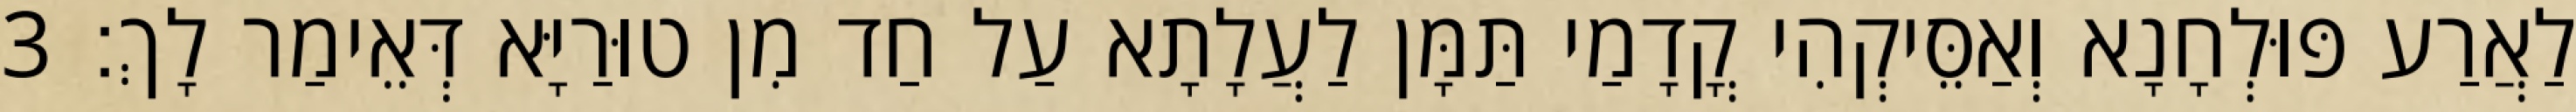
לַאֲרַע פּוּלְחָנָא וְאַסֵּיקְהִי קֳדָמַי תַּמָּן לַעֲלָתָא עַל חַד מִן טוּרַיָּא דְּאֵימַר לָךְ׃ 3